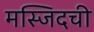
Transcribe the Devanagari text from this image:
मस्जिदची